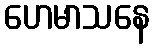
ဟေမာသနေ